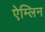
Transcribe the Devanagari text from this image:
ऐम्लिन